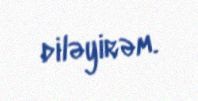
diləyirəm.